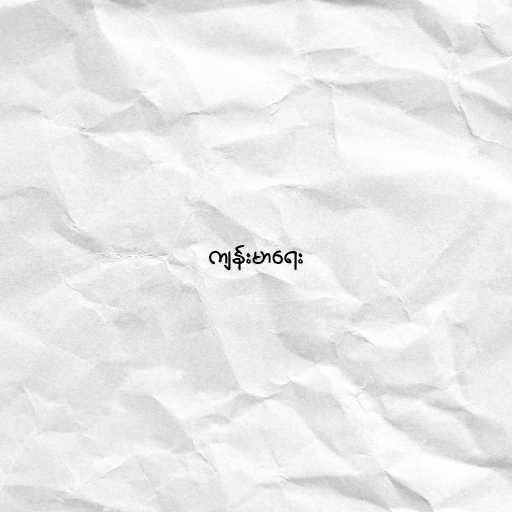
ကျန်းမာရေး